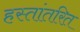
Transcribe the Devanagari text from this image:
हस्तांतरित